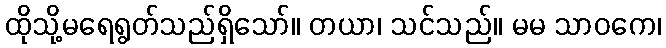
ထိုသို့မရေရွတ်သည်ရှိသော်။ တယာ၊ သင်သည်။ မမ သာဝကေ၊